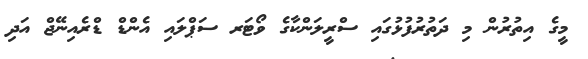
މީގެ އިތުރުން މި ދަތުރުފުޅުގައި ސްރީލަންކާގެ ވޯޓަރ ސަޕްލައި އެންޑް ޑްރެއިނޭޖް އަދި